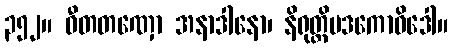
၃၅၂။ ဝီတတဏှော အနာဒါနော၊ နိရုတ္တိပဒကောဝိဒေါ။